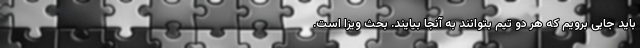
باید جایی برویم که هر دو تیم بتوانند به آنجا بیایند. بحث ویزا است.